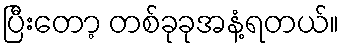
ပြီးတော့ တစ်ခုခုအနံ့ရတယ်။